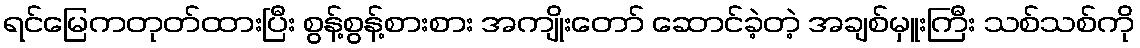
ရင်မြေကတုတ်ထားပြီး စွန့်စွန့်စားစား အကျိုးတော် ဆောင်ခဲ့တဲ့ အချစ်မှူးကြီး သစ်သစ်ကို